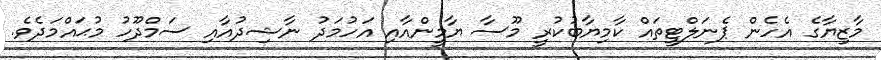
މާޒިޔާގެ އެހެން ޕެނަލްޓީތައް ކާމިޔާބުކުރީ މޫސާ ޔާމީންއާއި އަހުމަދު ނާޝިދުއާއި ސަމްދޫހު މުޙައްމަދެވެ.